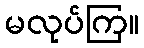
မလုပ်ကြ။